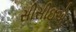
સીસીઇએ